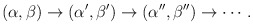
\begin{align*}(\alpha,\beta)\to (\alpha',\beta')\to (\alpha'',\beta'')\to \cdots .\end{align*}